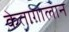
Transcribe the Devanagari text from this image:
केतागालान